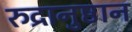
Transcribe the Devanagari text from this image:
रुद्रानुष्ठान